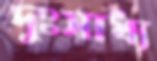
দুঃসাধ্য